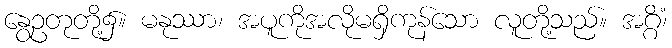
နွေဥတုတို့၌။ မနုဿာ၊ အပူကိုအလိုမရှိကုန်သော လူတို့သည်။ အဂ္ဂိံ၊